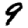
Digit: 9